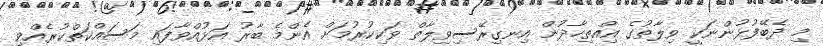
މި ދެބޭފުޅުންނަކީ ވިލާތުގެ އިއްތިހާދުން އިނގިރޭސިވިލާތް ވަކިކުރުމަށް އެންމެ ބާރު އަޅުއްވާފައި މަސައްކަތްކުރެއްވި